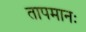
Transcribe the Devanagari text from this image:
तापमानः